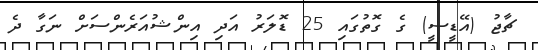
ޗާޖު (އޭޑީސީ) ގެ ގޮތުގައި 25 ޑޮލަރު އަދި އިންޝުއަރެންސަށް ނަގާ ދެ